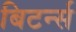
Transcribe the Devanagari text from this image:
बिटर्न्‍स